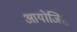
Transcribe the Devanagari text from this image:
आयोजित